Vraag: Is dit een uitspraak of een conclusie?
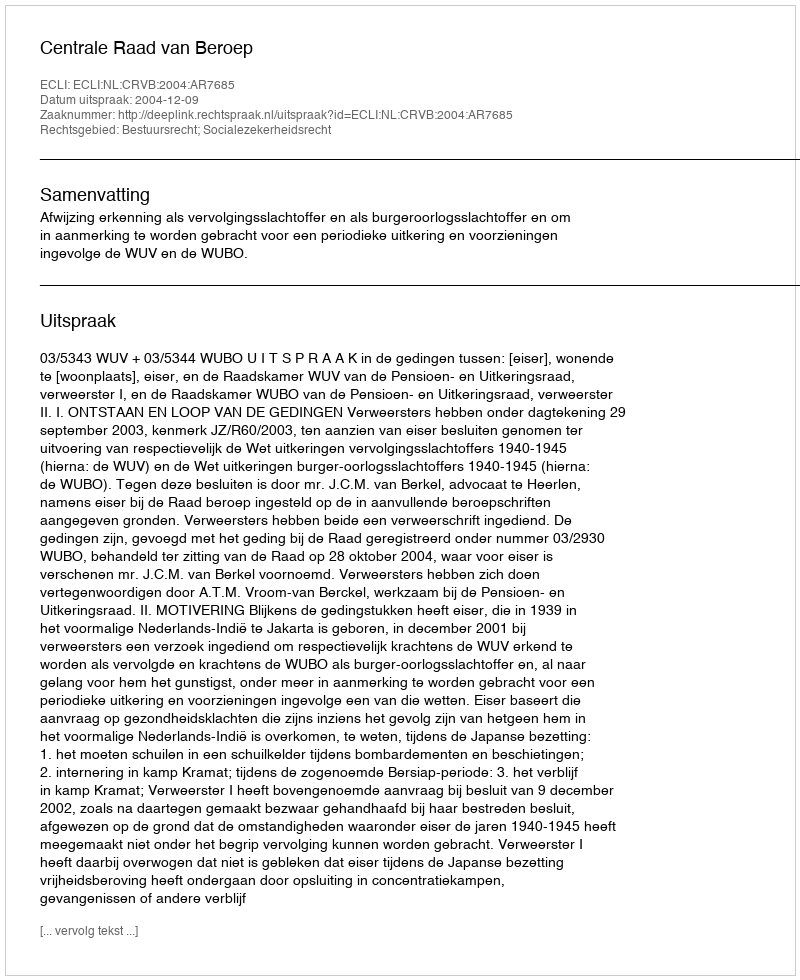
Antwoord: Uitspraak